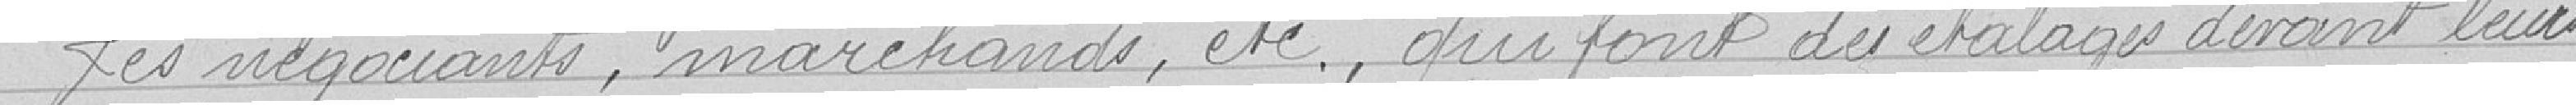
Les négociants, marchands, etc., qui font des étalages devant leurs